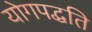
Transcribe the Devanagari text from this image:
योगपद्धति